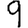
Digit: 9